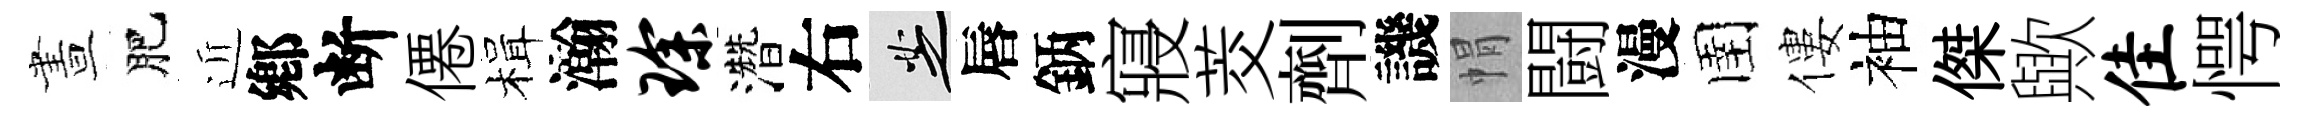
晝肥近鄕断僊楫瀚琛濳右芝唇鈵寢茭劑譏㡌闘漫圉僂袖傑歟隹愕